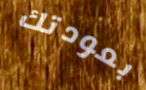
بعودتك